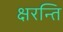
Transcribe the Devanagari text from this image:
क्षरन्ति